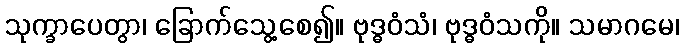
သုက္ခာပေတွာ၊ ခြောက်သွေ့စေ၍။ ဗုဒ္ဓဝံသံ၊ ဗုဒ္ဓဝံသကို။ သမာဂမေ၊